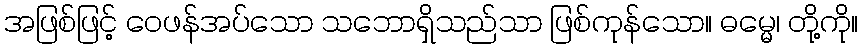
အဖြစ်ဖြင့် ဝေဖန်အပ်သော သဘောရှိသည်သာ ဖြစ်ကုန်သော။ ဓမ္မေ၊ တို့ကို။